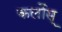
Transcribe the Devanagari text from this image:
कर्लोस्